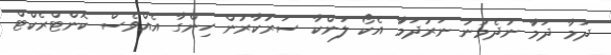
ދަމާ ދަމާަ ނުދެމުނު ނަރުދަމާަ އެކޯ ލަންކާ ސަރުކާރުން ހިންގާ އެއްވެސް ކޮންޓްރެކްޓް